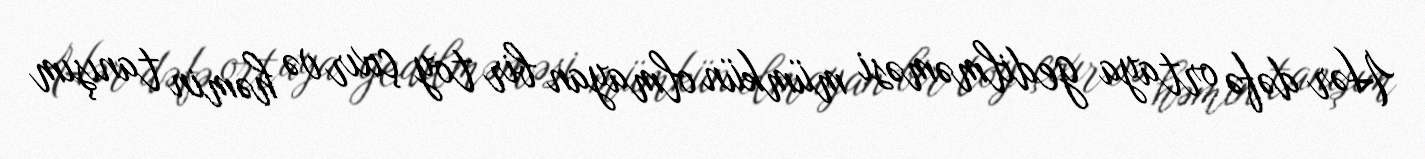
Hər dəfə ortaya gedilməməsi mümkün olmayan bir toy çıxır və həmin tanışım